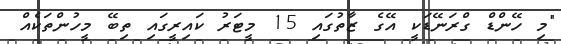
"މި ހޭންޑް ގްރަނޭޑަކީ އޭގެ ޒާތުގައި 15 މީޓަރު ކައިރީގައި ތިބޭ މީހުންތަކެއް